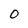
Character: 0